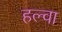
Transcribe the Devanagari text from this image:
हल्वा